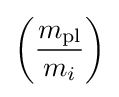
\left({\frac {m_{\text{pl}}}{m_{i}}}\right)